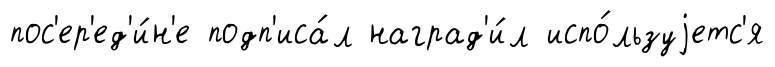
пос'ер'ед'и́н'е подп'иса́л наград'и́л испо́льзуjетс'я